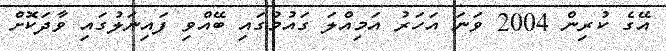
އޭގެ ކުރިން 2004 ވަނަ އަހަރު އަމިއްލަ ގައުމުގައި ބޭއްވި ފައިނަލުގައި ވާދަކޮށް